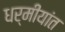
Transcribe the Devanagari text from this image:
धर्मीयांत